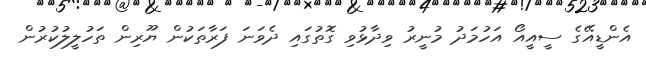
އެންޑީއޭގެ ސީއީއޯ އަހުމަދު މުނީރު ވިދާޅުވި ގޮތުގައި ދެވަނަ ފަރާތަކުން ޔޫރިން ތަހުލީލުކުރުން